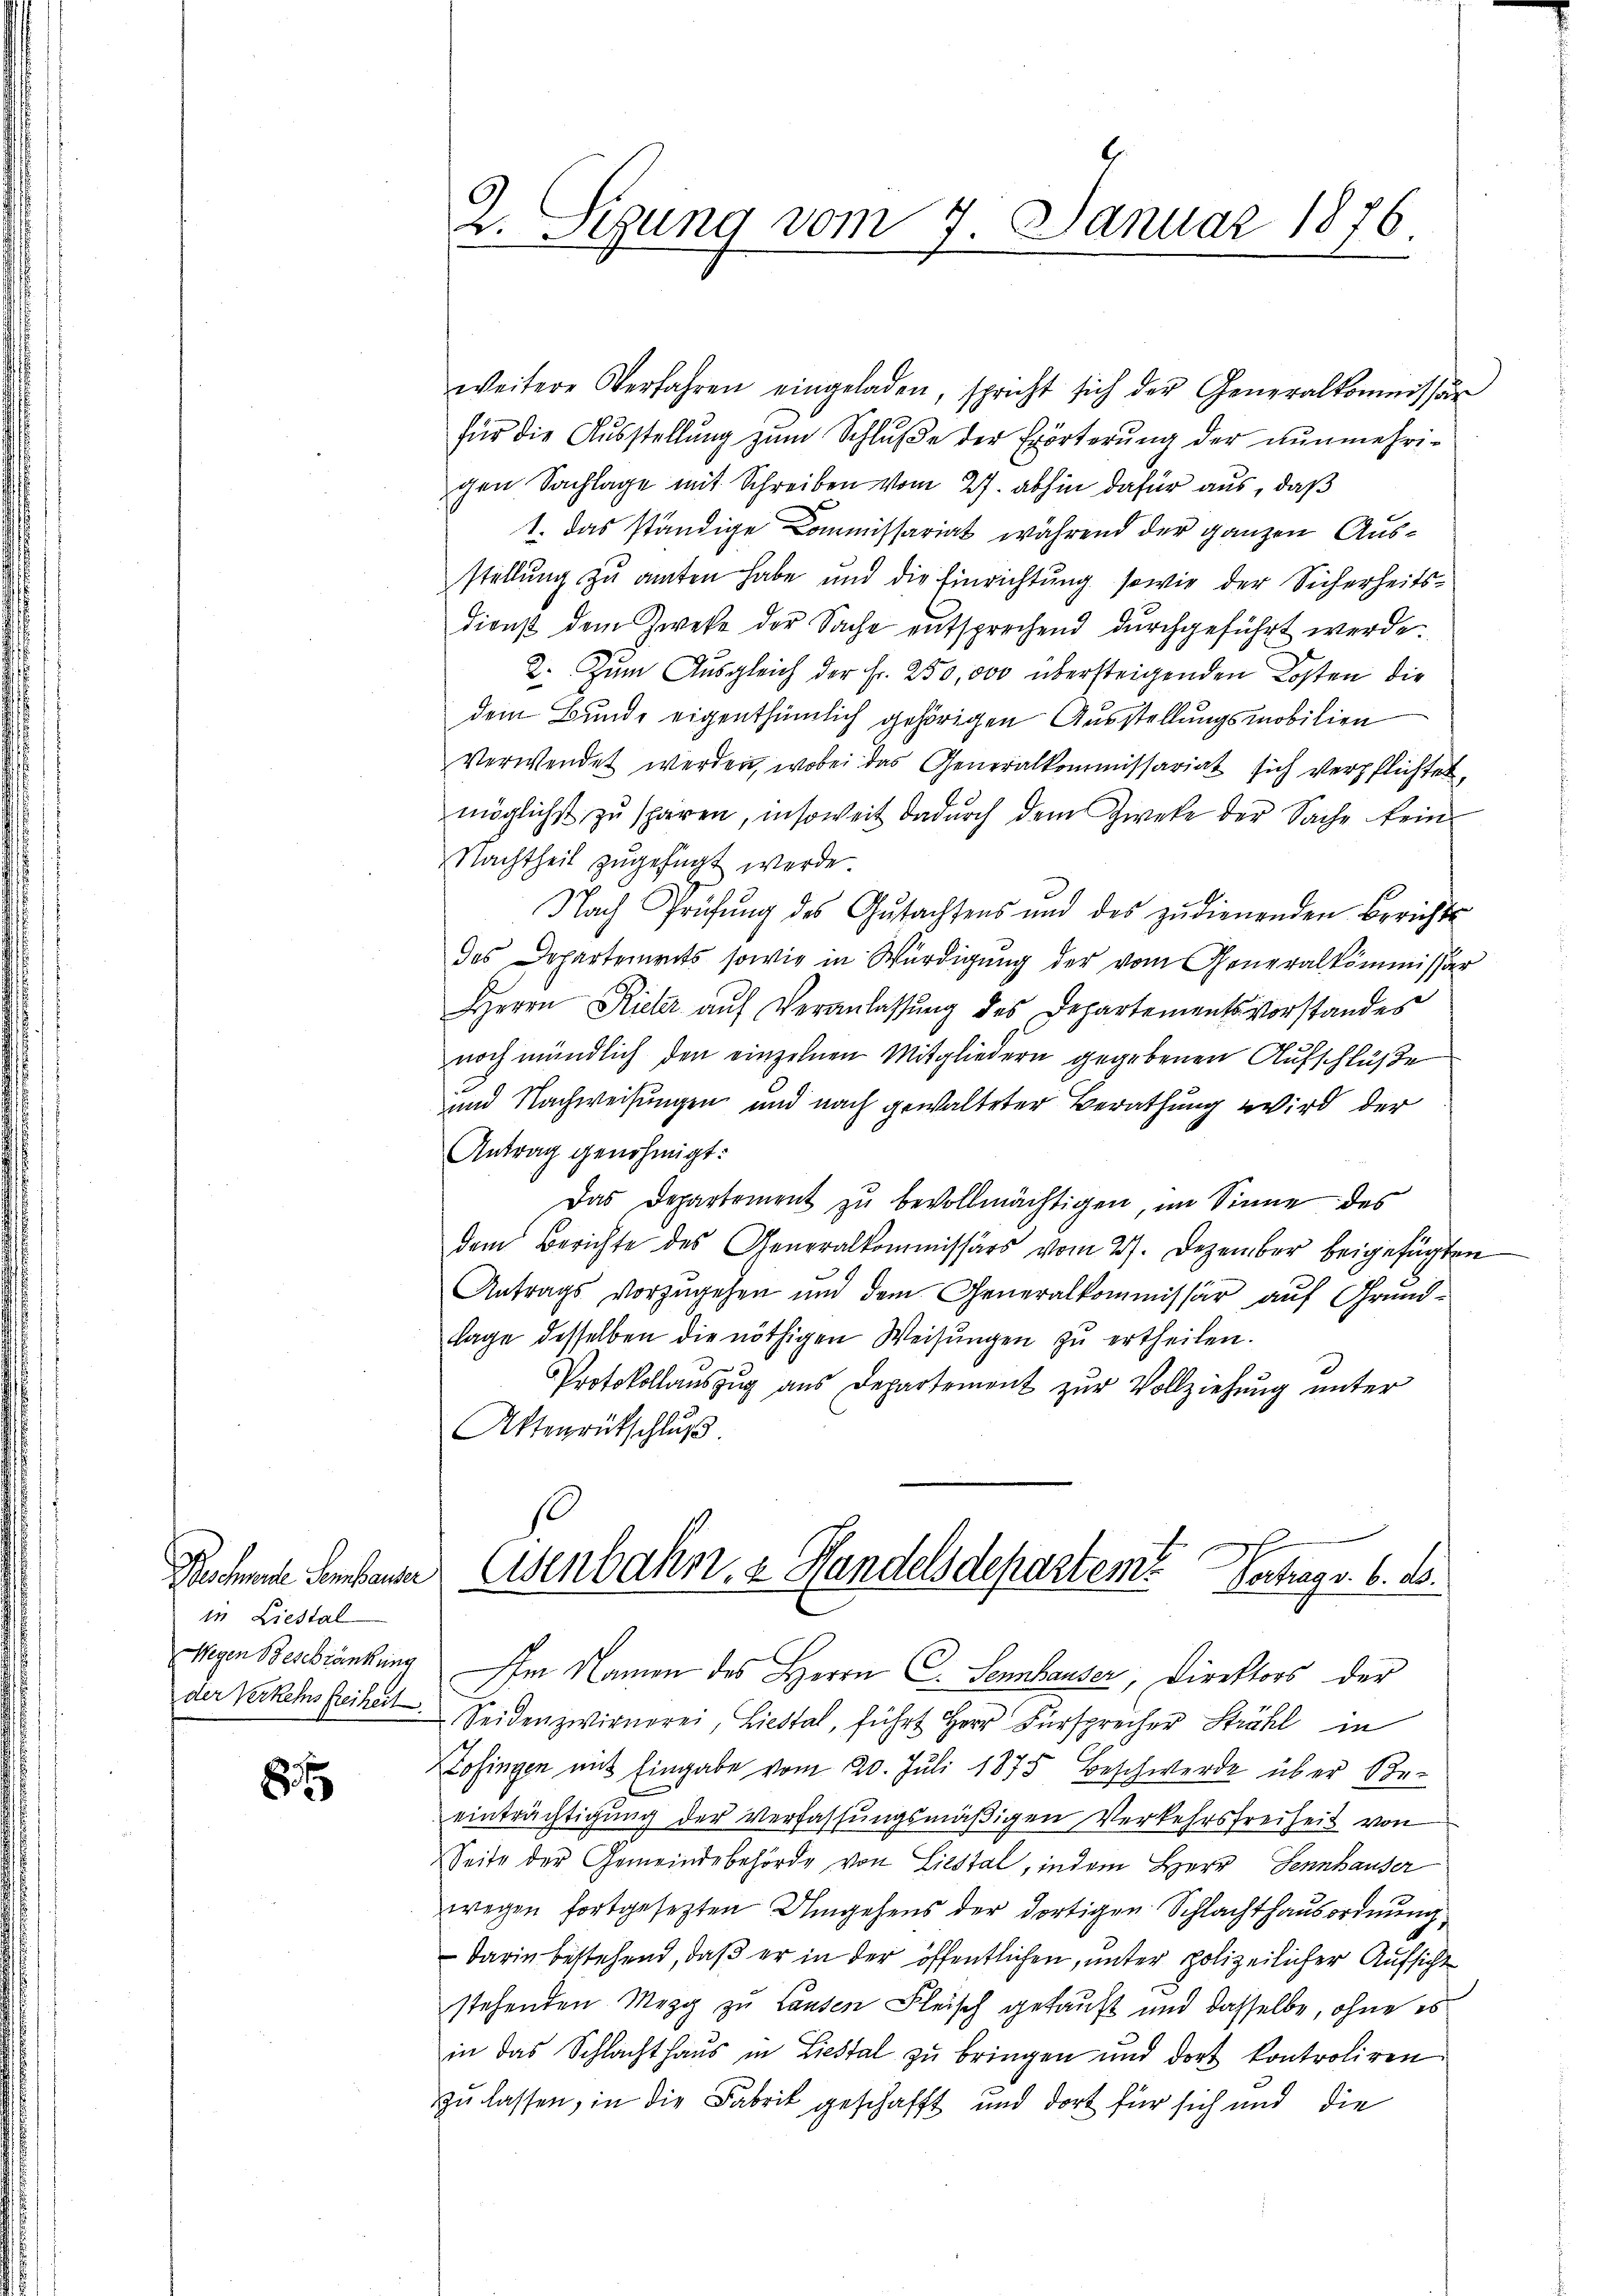
in Liestal
Wegen Beschränkung
der Verkels freiheit

8

2. Sigung vom 7. Januar 1876.

weitere Verfahren eingeladen, spricht sich der Generalkommissär
für die Aŭsstellŭng zŭm Schlŭβe der Erörterŭng der nŭnmehri-
gen Sachlage mit Schreiben vom 27. abhin dafür aus, daß
1. Das ständige Commissariat während der ganzen Ausstellung zu amten habe und die Einrichtung sowie der Sicherheitsdienst dem Zwecke der Sache entsprechend durchgeführt werde.
2. Zum Ausgleich der Fr. 250,000 übersteigenden Kosten die
dem Bunde eigenthümlich gehörigen Ausstellungsmobilien
verwendet werden, wobei das Generalkommissariat sich verpflichtet,
möglichst zŭ schären, insoweit dadŭrch dem Zweke der Sache kein
Nachtheil zugefügt werde.
Nach Prüfŭng des Gŭtachtens und des zŭdienenden Berichts
des Departements sowie in Würdigung der vom Generalkommissr
Herrn Kieler auf Veranlassung des Departementsvorstandes
noch mündlich den einzelnen Mitgliedern gegebenen Aufschlüße
und Nachweisungen und nach gewalteter Berathung wird der
Antrag genehmigt:
Das Departement zu bevollmächtigen, im Sinne des
dem Berichte des Generalkommissärs vom 27. Dezember beigefügten
Antrags vorzugehen und dem Generalkommissär auf Grundtage desselben die nöthigen Weisŭngen zŭ ertheilen.
Protokollauszug aus Departement zur Vollziehung unter
Aktenrütschluß.
Ruchende Serbene Eisenbahn & Handelsdepartem Vertrags. 6. ds.
Im Namen des Herrn C. Sennhauser, Direktors der
Seidenzwirnerei, Liestal, führt Herr Fürsprecher Strahl in
ofingen mit Eingabe vom 20. Juli 1875 Beschwerde über Be-
einträchtigung der Verfassungsmäßigen Verkehrsfreiheit von
Seite der Gemeindebehörde von Liestal, indem Herr Sennhauser
wegen fortgesezten Umgehens der dortigen Schlachthausordnung
 darin bestehend, daß er in der öffentlichen, unter polizeilicher Aufsicht
stehenden Mezg zu Lauten Fleisch gekauft und dasselbe, ohne es
in das Schlachthaŭs in Liestal zŭ bringen und dort kontroliren
zzu lassen, in die Fabrik geschafft und dort für sich und die